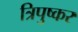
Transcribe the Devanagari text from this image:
त्रिपुष्कर